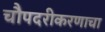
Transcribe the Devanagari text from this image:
चौपदरीकरणाचा